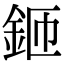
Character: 鉔